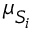
\boldsymbol { \mu } _ { S _ { i } }